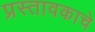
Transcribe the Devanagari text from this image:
प्रस्तावकाचे